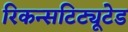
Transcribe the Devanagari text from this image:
रिकन्सटिट्यूटेड